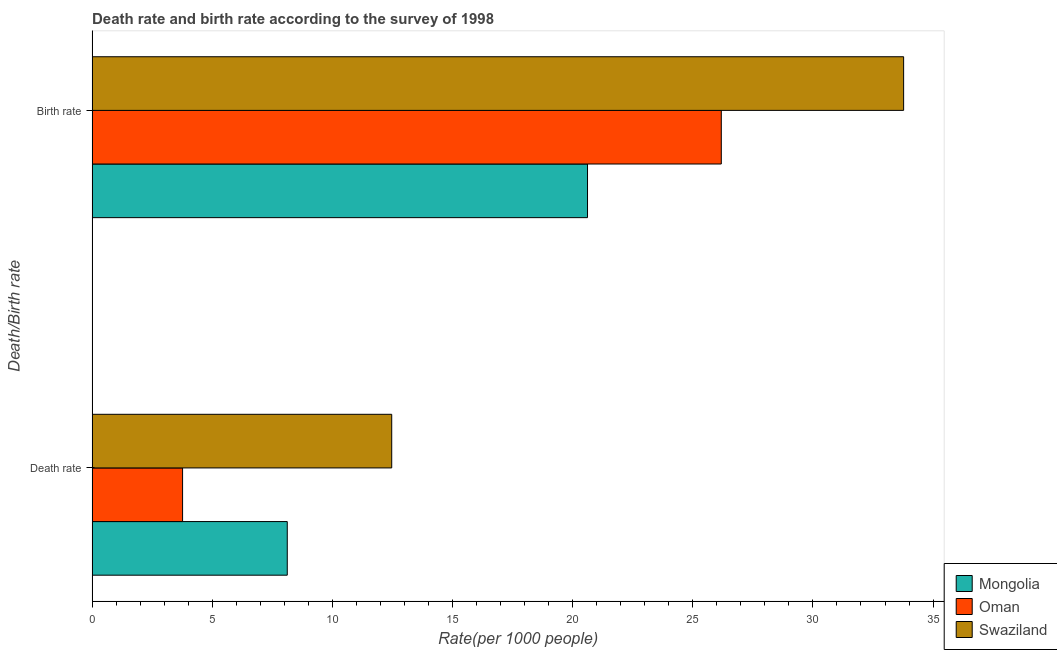
| Death/Birth rate | Mongolia | Oman | Swaziland |
 | --- | --- | --- | --- |
 | Death rate | 8.12 | 3.77 | 12.5 |
 | Birth rate | 20.6 | 26.2 | 33.8 |